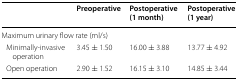
|  | Preoperative | Postoperative (1 month) | Postoperative (1 year) |
 | --- | --- | --- | --- |
 | <COLSPAN=4> Maximum urinary flow rate (ml/s) |
 | Minimally-invasive operation | 3.45 ± 1.50 | 16.00 ± 3.88 | 13.77 ± 4.92 |
 | Open operation | 2.90 ± 1.52 | 16.15 ± 3.10 | 14.85 ± 3.44 |